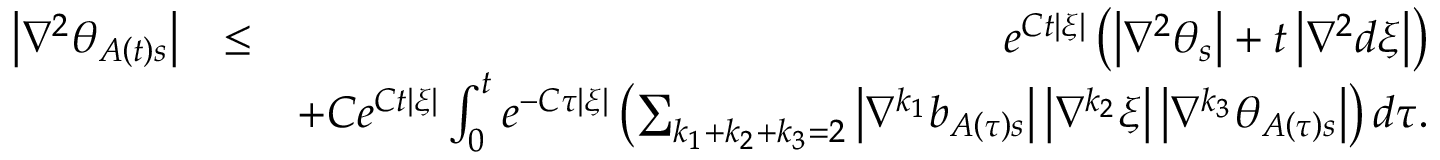
\begin{array} { r l r } { \left\vert \nabla ^ { 2 } \theta _ { A \left( t \right) s } \right\vert } & { \leq } & { e ^ { C t \left\vert \xi \right\vert } \left( \left\vert \nabla ^ { 2 } \theta _ { s } \right\vert + t \left\vert \nabla ^ { 2 } d \xi \right\vert \right) } \\ & { } & { + C e ^ { C t \left\vert \xi \right\vert } \int _ { 0 } ^ { t } e ^ { - C \tau \left\vert \xi \right\vert } \left( \sum _ { k _ { 1 } + k _ { 2 } + k _ { 3 } = 2 } \left\vert \nabla ^ { k _ { 1 } } b _ { A \left( \tau \right) s } \right\vert \left\vert \nabla ^ { k _ { 2 } } \xi \right\vert \left\vert \nabla ^ { k _ { 3 } } \theta _ { A \left( \tau \right) s } \right\vert \right) d \tau . } \end{array}